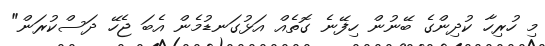
މި ހުރިހާ ކުދިންގެ ބޭނުން ހިފޭނެ ގޮތެއް އަޅުގަނޑުމެން އެބަ ޖެހޭ ދަސްކުރަން"